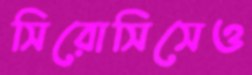
সিরোসিসেও